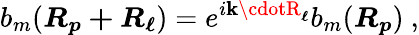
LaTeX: b_{m}({\boldsymbol{R_{p}+R_{\ell}}})=e^{i{\boldsymbol{\mathbf{k}\cdotR_{\ell}}}}b_{m}({\boldsymbol{R_{p}}})\ ,